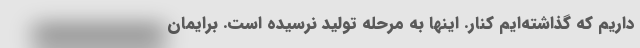
داریم که گذاشته‌ایم کنار. اینها به مرحله تولید نرسیده است. برایمان